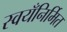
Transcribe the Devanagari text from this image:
स्वयँनिर्मित